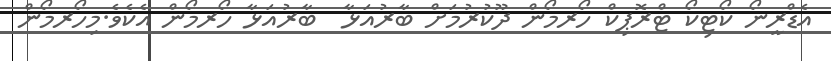
އެޑްރީނޯ ކޯޓިކޯ ޓްރޮޕިކް ހޯރމޯން ދޫކުރުމަށް ބާރުއަޅާ  ބާރުއަޅާ ހޯރމޯން އެކެވެ.މިހޯރމޯން